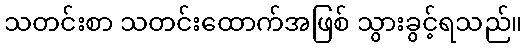
သတင်းစာ သတင်းထောက်အဖြစ် သွားခွင့်ရသည်။